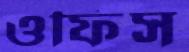
ওফিস